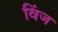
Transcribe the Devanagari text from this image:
विंज